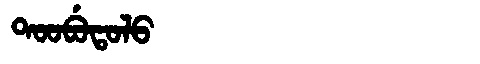
Manchu: ᡨᠣᠣᠪᡠᡨᠣᠯᠣ
Romanization: TOOBUTOLO